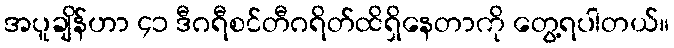
အပူချိန်ဟာ ၄၁ ဒီဂရီစင်တီဂရိတ်ထိရှိနေတာကို တွေ့ရပါတယ်။